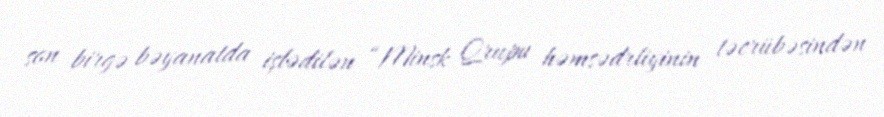
son birgə bəyanatda işlədilən “Minsk Qrupu həmsədrliyinin təcrübəsindən